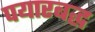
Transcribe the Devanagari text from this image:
पयारबद्ध